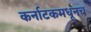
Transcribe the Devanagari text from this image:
कर्नाटकमधूनच